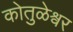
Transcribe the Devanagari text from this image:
कोतुळेश्वर